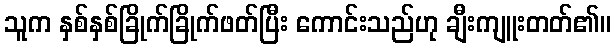
သူက နှစ်နှစ်ခြိုက်ခြိုက်ဖတ်ပြီး ကောင်းသည်ဟု ချီးကျူးတတ်၏။